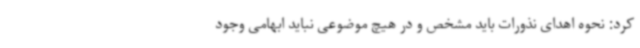
کرد: نحوه اهدای نذورات باید مشخص و در هیچ موضوعی نباید ابهامی وجود